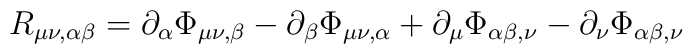
R_{\mu\nu,\alpha\beta} = \partial_\alpha \Phi_{\mu\nu,\beta} - \partial_\beta\Phi_{\mu\nu,\alpha} + \partial_\mu \Phi_{\alpha\beta,\nu} - \partial_\nu\Phi_{\alpha\beta,\nu}